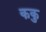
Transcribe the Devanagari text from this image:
ककु